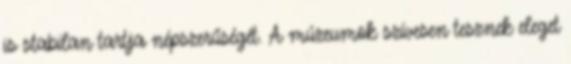
is stabilan tartja népszerűségét. A múzeumok szívesen tesznek eleget